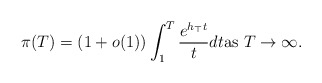
\begin{align*}\pi(T)=(1+o(1))\int_{1}^{T}\frac{e^{h_{\top}t}}{t}dt\mbox{as $T\to\infty$.}\end{align*}